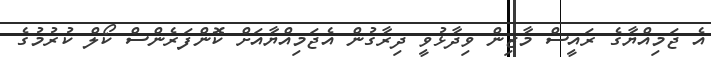
އެ ޖަމިއްޔާގެ ރައީސް މާޒިން ވިދާޅުވީ ދިރާގުން އެޖަމިއްޔާއަށް ކޮންފަރެންސް ކޯލް ކުރުމުގެ